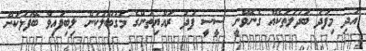
އަދި މިފަދަ ބަދަލުތަކެއް ގެނެވޭނީ ސީސީ ފަދަ ރައްޔިތުންގެ މަގުބޫލުކަން ލިބިފައިވާ ބޭފުޅަކަށް